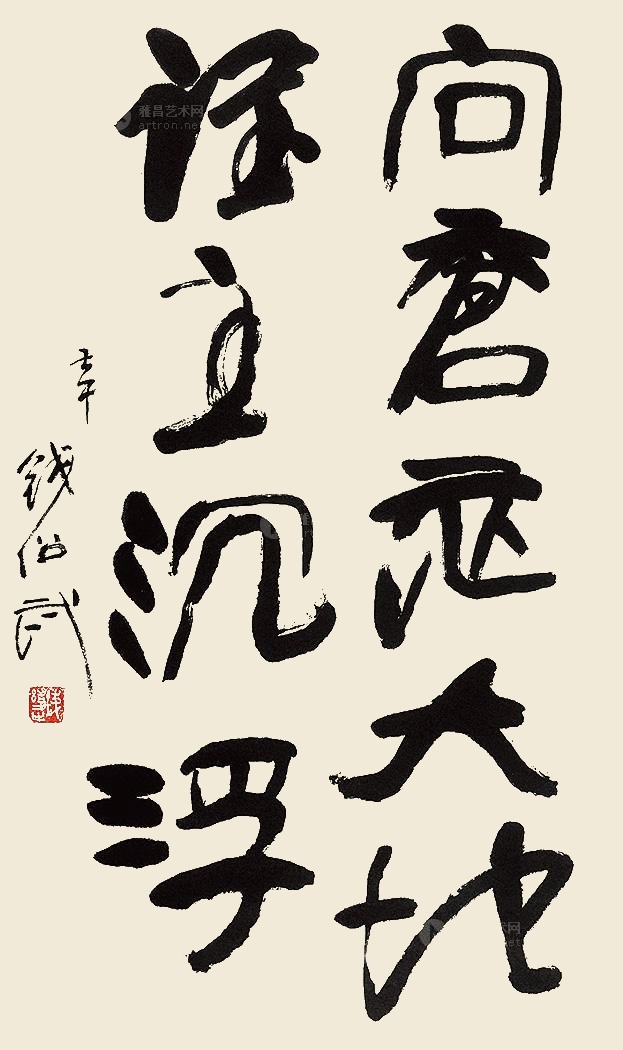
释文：问苍茫大地谁主沉浮。壬午，钱绍武。